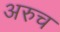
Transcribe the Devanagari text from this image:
अरुच